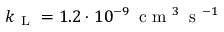
k _ { \mathrm { ~ L ~ } } = 1 . 2 \cdot 1 0 ^ { - 9 } \, \ensuremath { \mathrm { ~ c ~ m ~ } ^ { 3 } \, \mathrm { ~ s ~ } ^ { - 1 } }